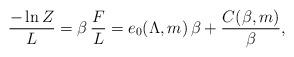
LaTeX: \begin{align*}{-\ln Z\over L} = \beta\,{F\over L} = e_0(\Lambda,m)\, \beta + {C(\beta,m)\over\beta}, \end{align*}